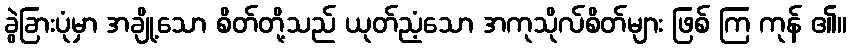
ခွဲခြားပုံမှာ အချို့သော စိတ်တို့သည် ယုတ်ညံ့သော အကုသိုလ်စိတ်များ ဖြစ် ကြ ကုန် ၏။